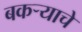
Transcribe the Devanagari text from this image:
बकऱ्याचे